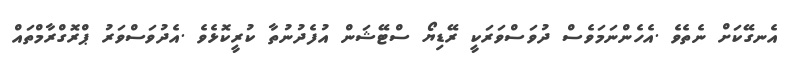
އެނގޭކަށް ނެތެވެ .އެހެންނަމަވެސް ދުވަސްވަރަކީ ރޭޑިޔޯ ސްޓޭޝަން އުފެދުނުތާ ކުރީކޮޅެވެ .އެދުވަސްވަރު ޕްރޮގްރާމްތައް